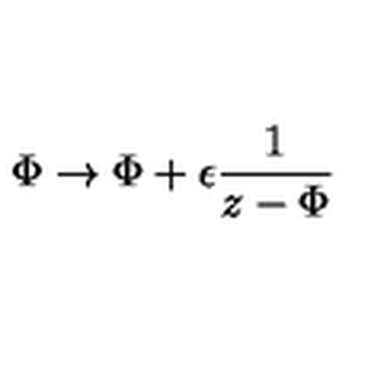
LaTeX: \nonumber \Phi \rightarrow \Phi + \epsilon { \frac { 1 } { z - \Phi } }